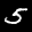
Label: 5